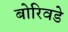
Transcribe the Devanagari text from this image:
बोरिवडे